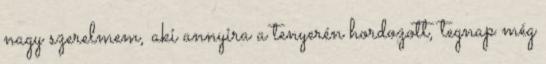
nagy szerelmem, aki annyira a tenyerén hordozott, tegnap még